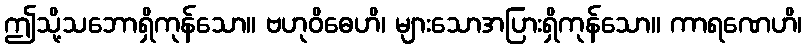
ဤသို့သဘောရှိကုန်သော။ ဗဟုဝိဓေဟိ၊ များသောအပြားရှိကုန်သော။ ကာရဏေဟိ၊